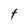
Character: t